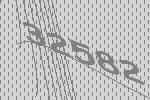
32582